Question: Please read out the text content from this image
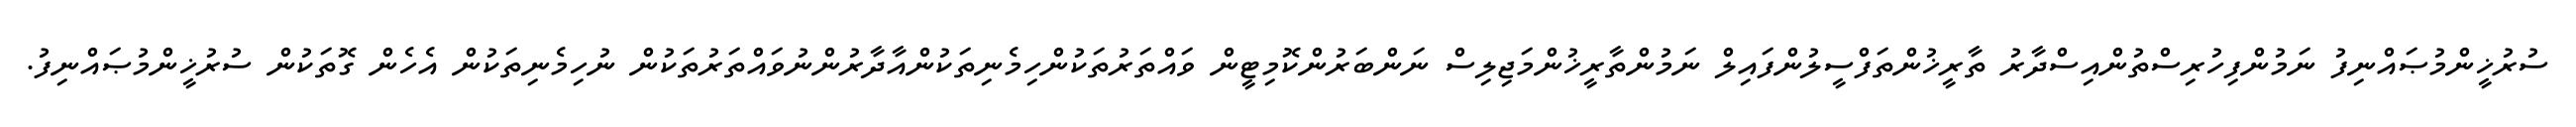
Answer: ސުރުޚީންމުޞައްނިފު ނަމުންފިހުރިސްތުންއިސްދާރު ތާރީޚުންތަފްސީލުންފައިލް ނަމުންތާރީޚުންމަޖިލިސް ނަންބަރުންކޮމިޓީން ވައްތަރުތަކުންހިމެނިތަކުންއާދާރުންނުވައްތަރުތަކުން ނުހިމެނިތަކުން އެހެން ގޮތަކުން ސުރުޚީންމުޞައްނިފު.